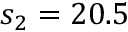
s _ { 2 } = 2 0 . 5